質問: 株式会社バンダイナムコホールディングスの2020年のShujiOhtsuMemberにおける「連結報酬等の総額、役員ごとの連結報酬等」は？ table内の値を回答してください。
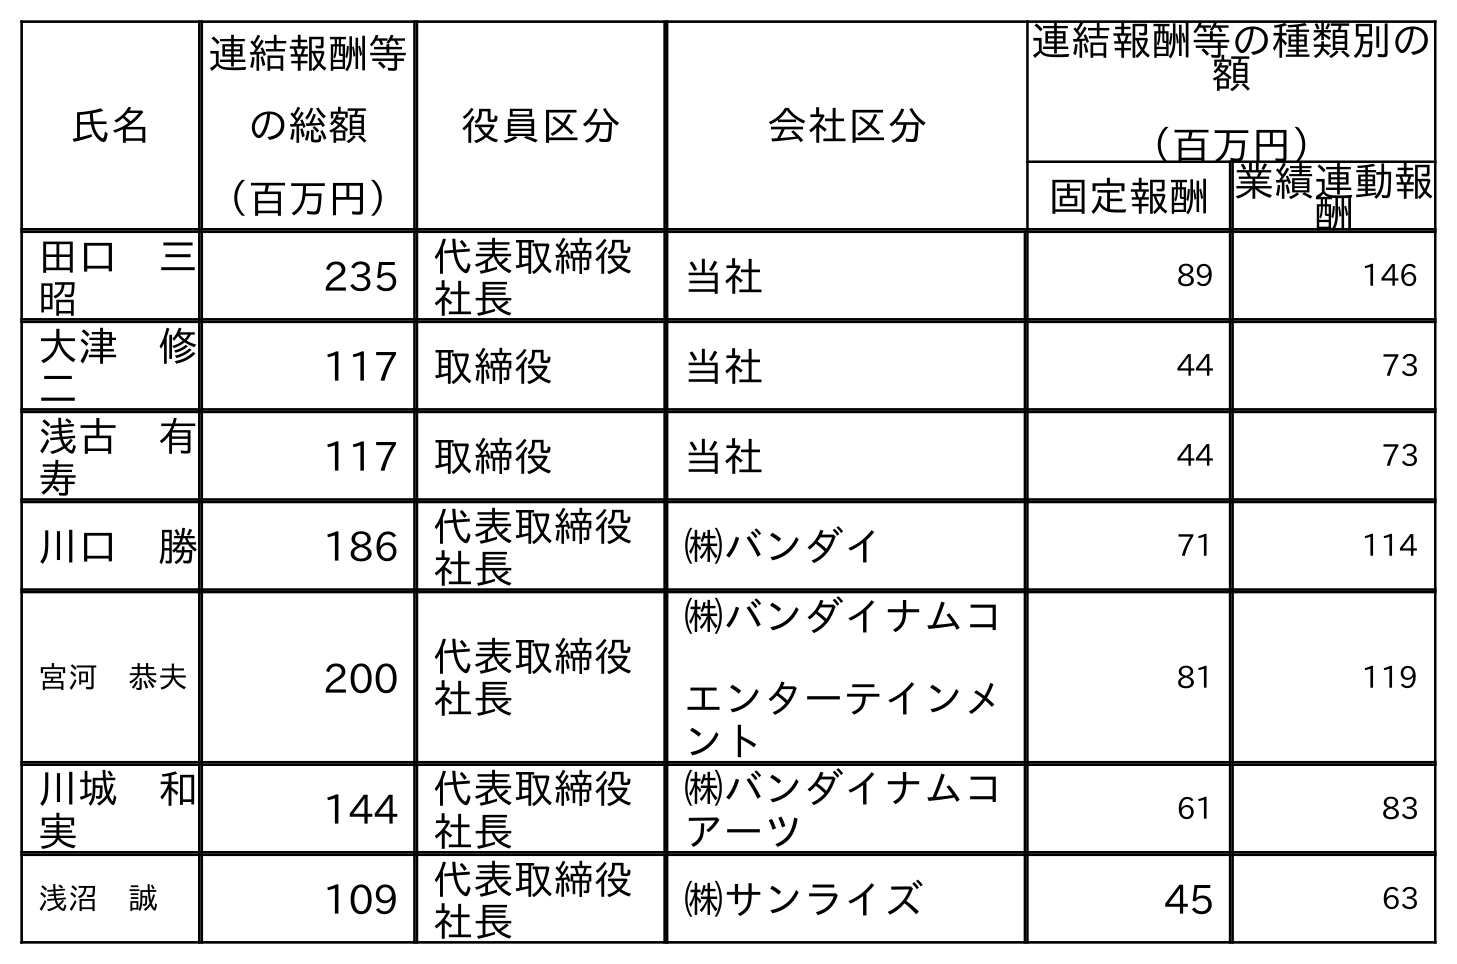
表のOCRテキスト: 氏名 連結報酬等 の総額 （百万円） 役員区分 会社区分 連結報酬等の種類別の 額 （百万円） 固定報酬業績連動報 酬 田口 三 昭 235 代表取締役 社長 当社 89 146 大津 修 二 117 取締役 当社 44 73 浅古 有 寿 117 取締役 当社 44 73 川口 勝 186 代表取締役 社長 ㈱バンダイ 71 114 宮河 恭夫 200 代表取締役 社長 ㈱バンダイナムコ エンターテインメ ント 81 119 川城 和 実 144 代表取締役 社長 ㈱バンダイナムコ アーツ 61 83 浅沼 誠 109 代表取締役 社長 ㈱サンライズ 45 63
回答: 117